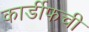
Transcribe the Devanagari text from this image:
कार्डीफची